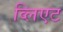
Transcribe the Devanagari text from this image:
व्लिएट